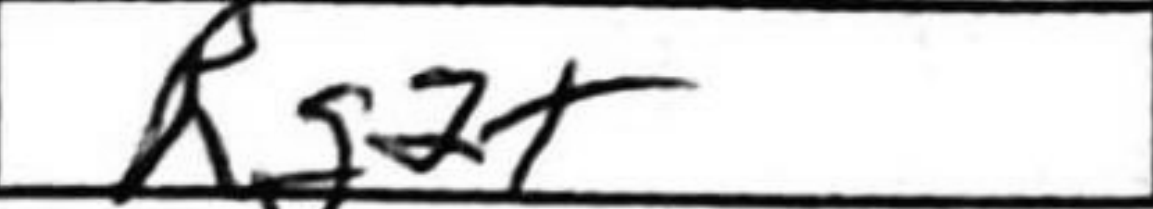
Transcription: Rd2+